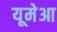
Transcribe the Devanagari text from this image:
यूमेआ